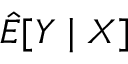
{ \hat { E } } [ Y \mid X ]